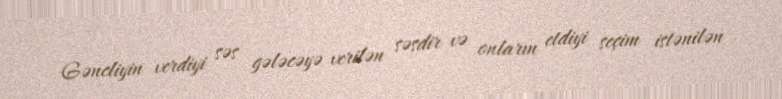
Gəncliyin verdiyi səs gələcəyə verilən səsdir və onların etdiyi seçim istənilən